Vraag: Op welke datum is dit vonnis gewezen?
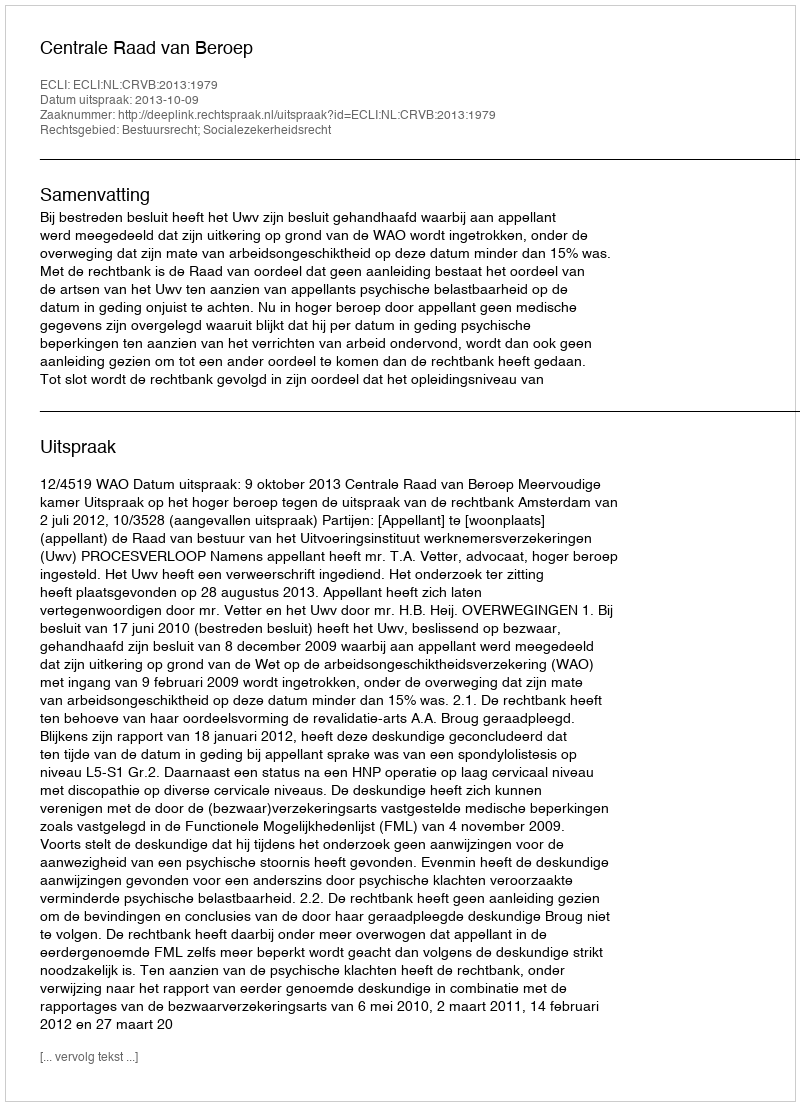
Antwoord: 2013-10-09